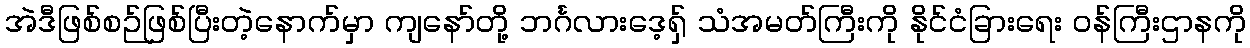
အဲဒီဖြစ်စဉ်ဖြစ်ပြီးတဲ့နောက်မှာ ကျနော်တို့ ဘင်္ဂလားဒေ့ရှ် သံအမတ်ကြီးကို နိုင်ငံခြားရေး ဝန်ကြီးဌာနကို